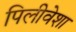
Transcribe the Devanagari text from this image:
पिलीवेशा